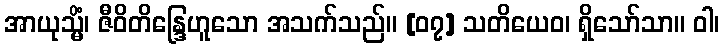
အာယုသ္မိံ၊ ဇီဝိတိန္ဒြေဟူသော အသက်သည်။ [၀၇] သတိယေဝ၊ ရှိသော်သာ။ ဝါ၊